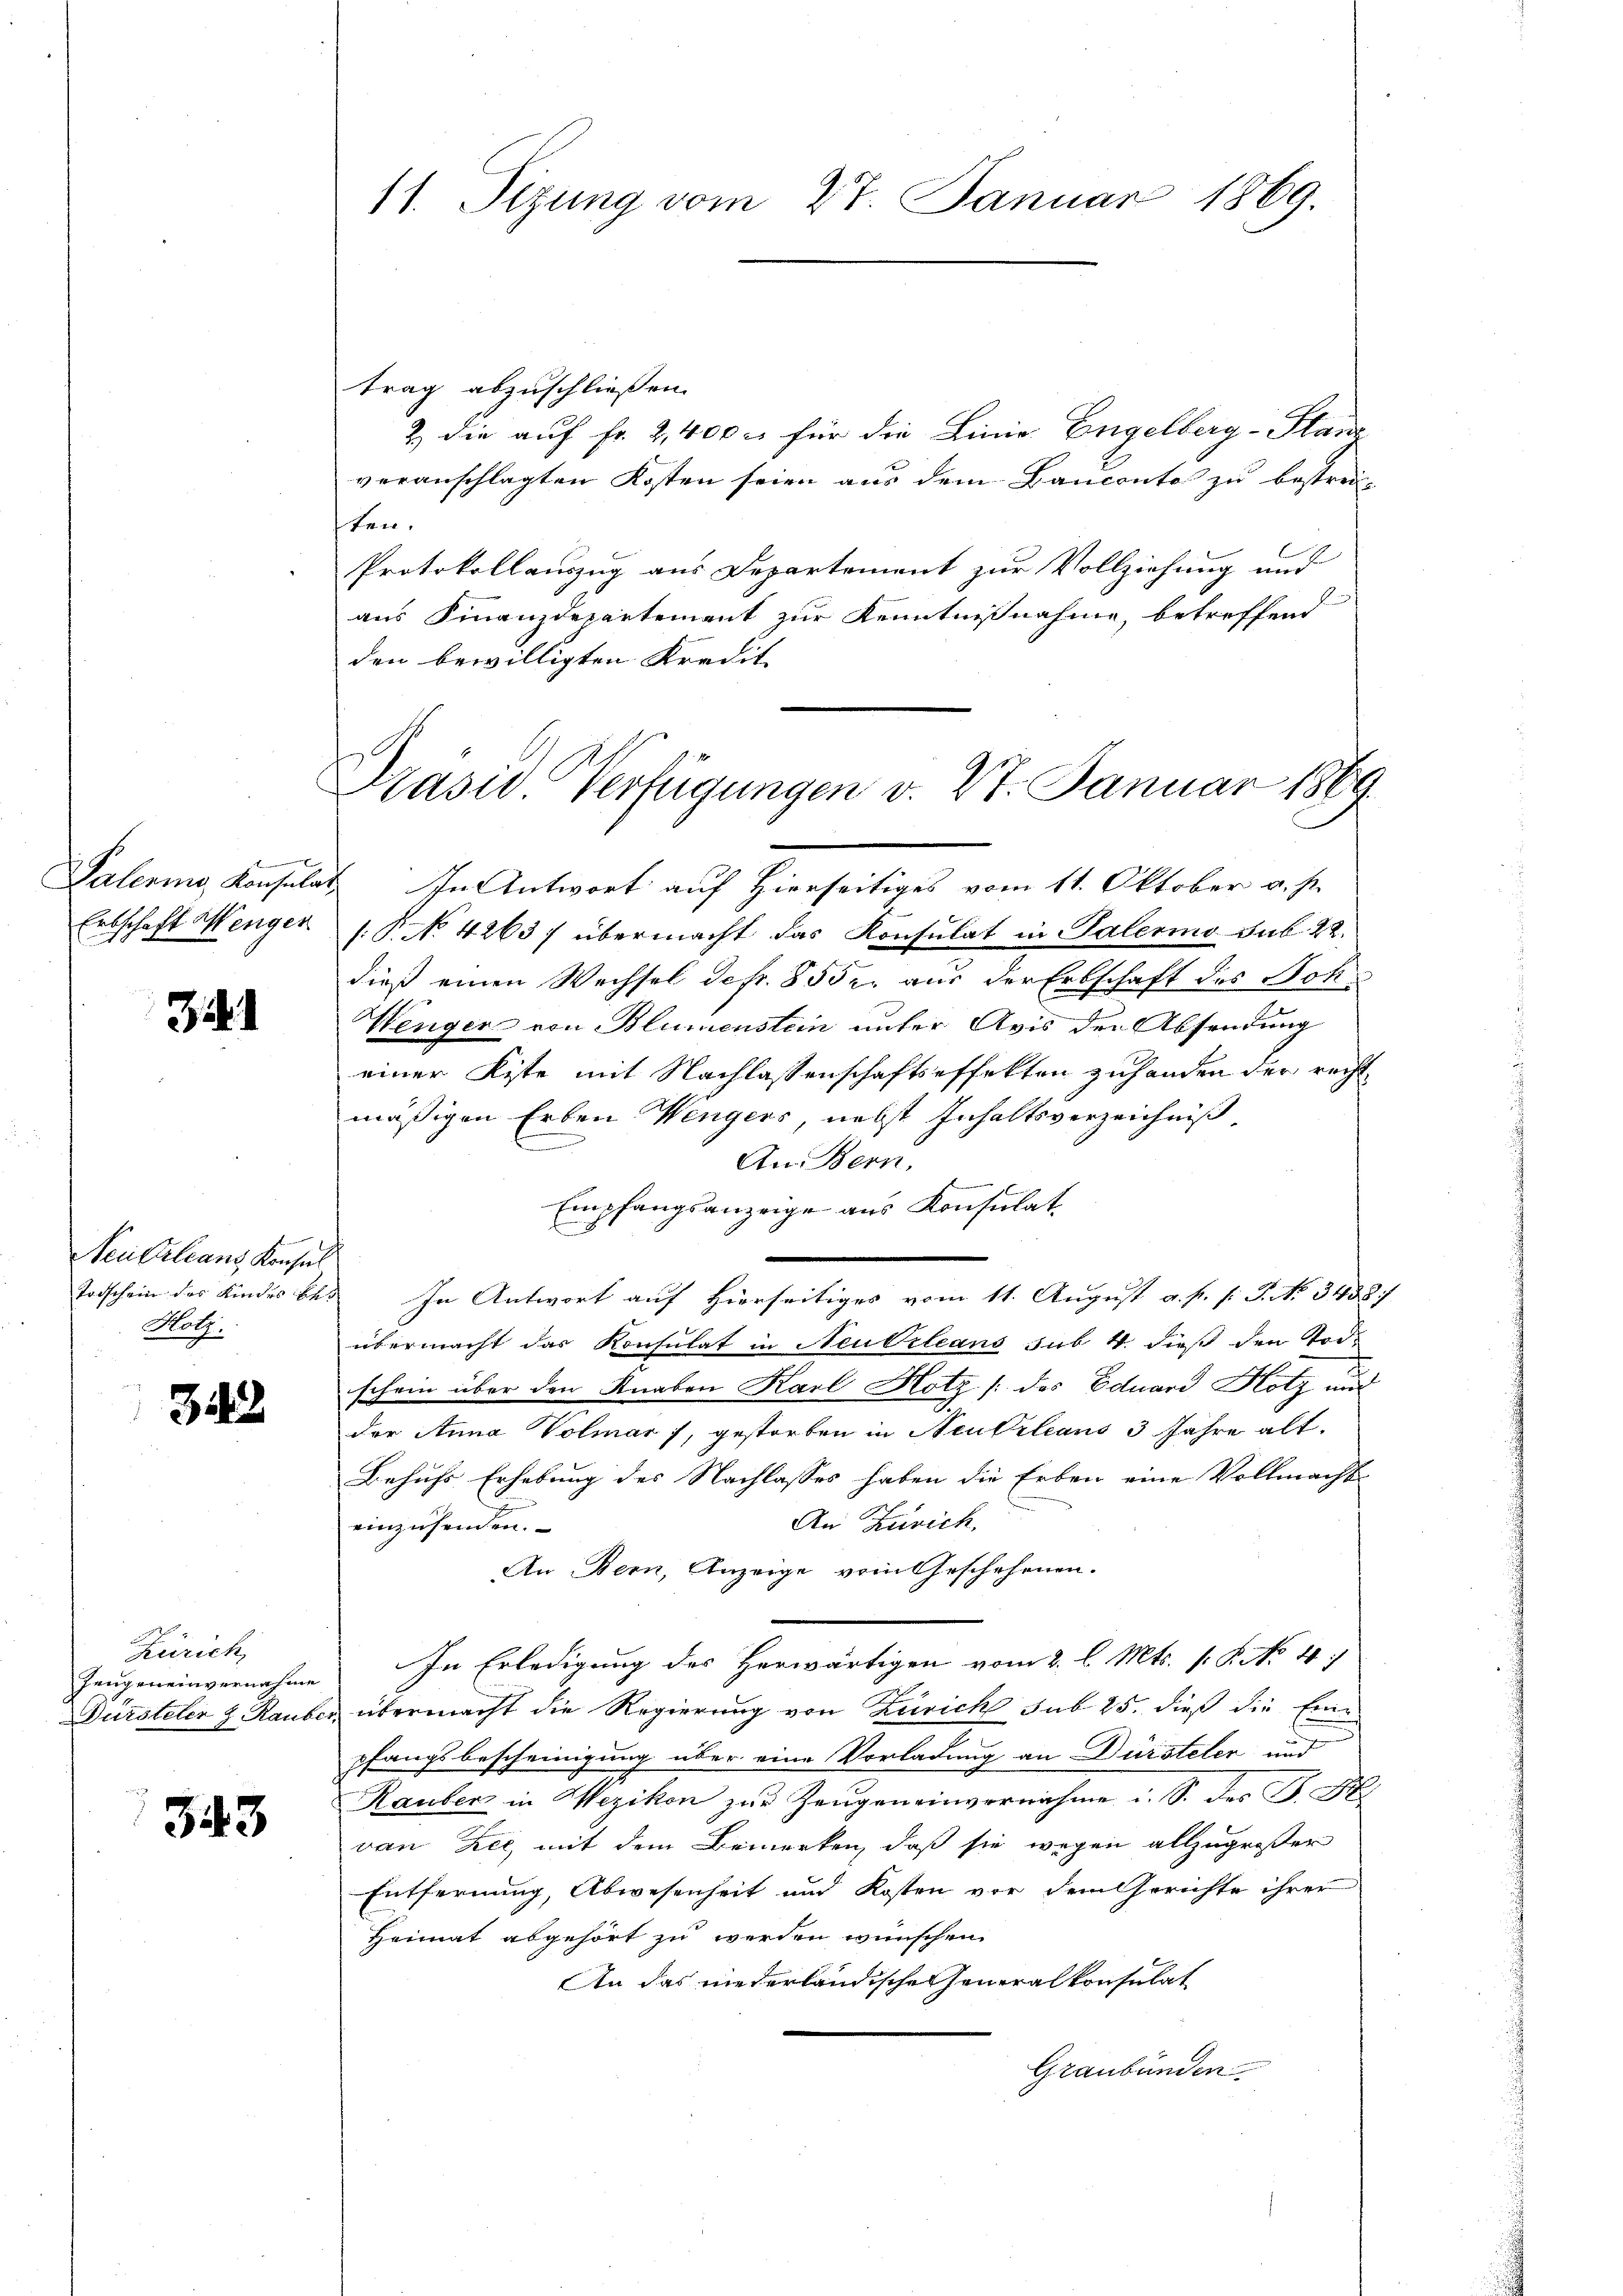
E
Paleris, Konsular
Erbschaft Wenger

3.1

Peutalians Konsul
Hotz.

342.

Zürich,
Zeugeneinvernahme

343

trag abzuschließen.
2) die auf Fr. 2,400 c. für die Linie. Engelberg-Stanz
veranschlagten Kosten seien aus dem Bauconto zu bestrei-
ten.
Protokollauszug aus Departement zur Vollziehung und
aus Finanzdepartement zur Kenntnißnahme, betreffend
den bewilligten Kredit.

11. Sizung vom 27. Januar 1869.

Prasii Verfügungen v. 27. Januar 1869

In Antwort auf Hierseitiges vom 11. Oktober v. J.
[.P. No. 4263/ übermacht das Konsulat in Palermo sub 22.
dieß einen Wechsel defr. 855 r. aus der Erbschaft des Boh¬
Wenger von Blumenstein unter Avis der Absendung
einer Kiste mit Nachlassenschaftseffekten zuhanden der rechtmäßigen Erben Wengers, nebst Inhaltsverzeichniß
An Bern,
d
Empfangsanzeige aus Konsulat
Todschein des Kindes bes. In Antwort auf hierseitiges vom 11. August a. p. l. J. No 3458.
übermacht das Konsulat in Neukrleans sub. 4. dieß den Tod.
schein über den Knaben Karl Hotz /: des Eduard Hotz und
der Anna Volmar, gestorben in Neukrleans 3 Jahre alt.
Behufs Erhebung des Nachlasses haben die Erben eine Vollmacht
An Zürich,
einzusenden.
An Bern, Anzeige vom Geschehenen.
In Erledigung des Herwärtigen vom 2. l. Mts. s. S. No 10.
Dürsteler z. Rauber übermacht die Regierung von Zürich sub 25. dieß die Eine
pfangsbescheinigung über eine Vorladung an Dürsteler und
Rauber in Wezikon zur Zeugen einvernahme u. S. des F. H
van Zić, mit dem Bemerken, daß sie wegen allzugroßer
Entfernung, Abwesenheit und Kosten vor dem Gerichte ihrer
Heimat abgehört zu werden wünschen.
An das niederländische Generalkonsulat
Graubünden.